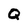
Character: Q